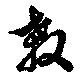
殺